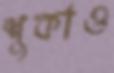
শুকাও